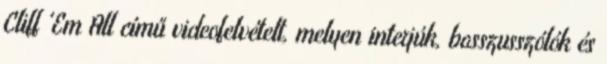
Cliff 'Em All című videofelvételt, melyen interjúk, basszusszólók és